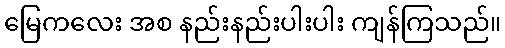
မြေကလေး အစ နည်းနည်းပါးပါး ကျန်ကြသည်။